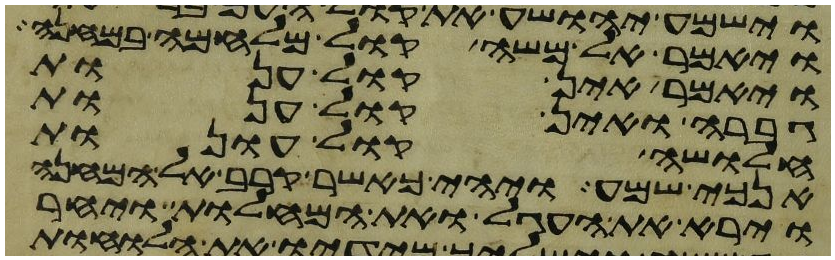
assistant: ויאמר אל משה קול מלחמה במחנה
ויאמר אין קול ענות
גברה ואין קול ענות
חלושה קול עונות
אנכי שמע ויהי כאשר קרב אל המחנה
וירא את העגל ואת המחלות ויחר